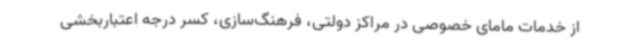
از خدمات مامای خصوصی در مراکز دولتی، فرهنگ‌سازی، کسر درجه اعتباربخشی